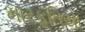
મારફતિયા